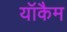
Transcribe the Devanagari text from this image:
यॉकैम